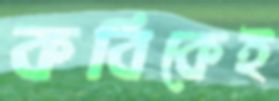
কবিকেই